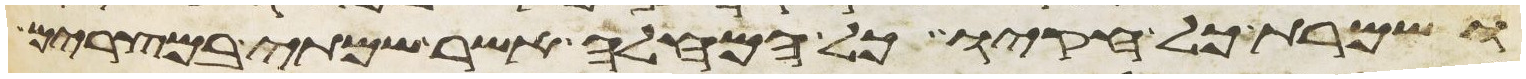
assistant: ושמרת כל חקיו כל המחלה אשר שמתי במצרים